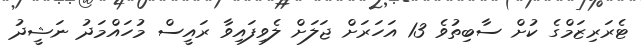
ޓެރަރިޒަމްގެ ކުށް ސާބިތުވެ 13 އަހަރަށް ޖަލަށް ލެވިފައިވާ ރައީސް މުހައްމަދު ނަޝީދު